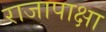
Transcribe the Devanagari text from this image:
राजापाक्षा